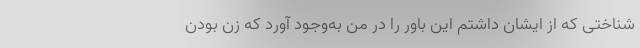
شناختی که از ایشان داشتم این باور را در من به‌وجود آورد که زن بودن